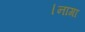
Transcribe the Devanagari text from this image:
।नागा